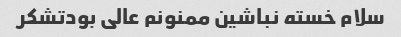
سلام خسته نباشین ممنونم عالی بودتشکر